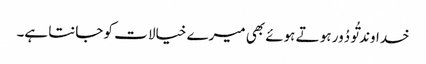
خداوند تُو دُور ہو تے ہوئے بھی میرے خیالا ت کو جانتا ہے۔